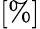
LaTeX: [\% ]